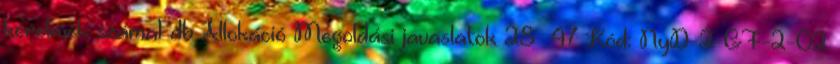
kérelmek száma1 db Allokáció Megoldási javaslatok 28 47 Kód: NyD-2-GF-2-02